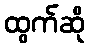
ထွက်ဆို